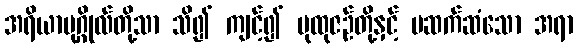
အရိယာပုဂ္ဂိုလ်တို့သာ သိ၍ ကျင့်၍ ပုထုဇဉ်တို့နှင့် မဆက်ဆံသော အရာ